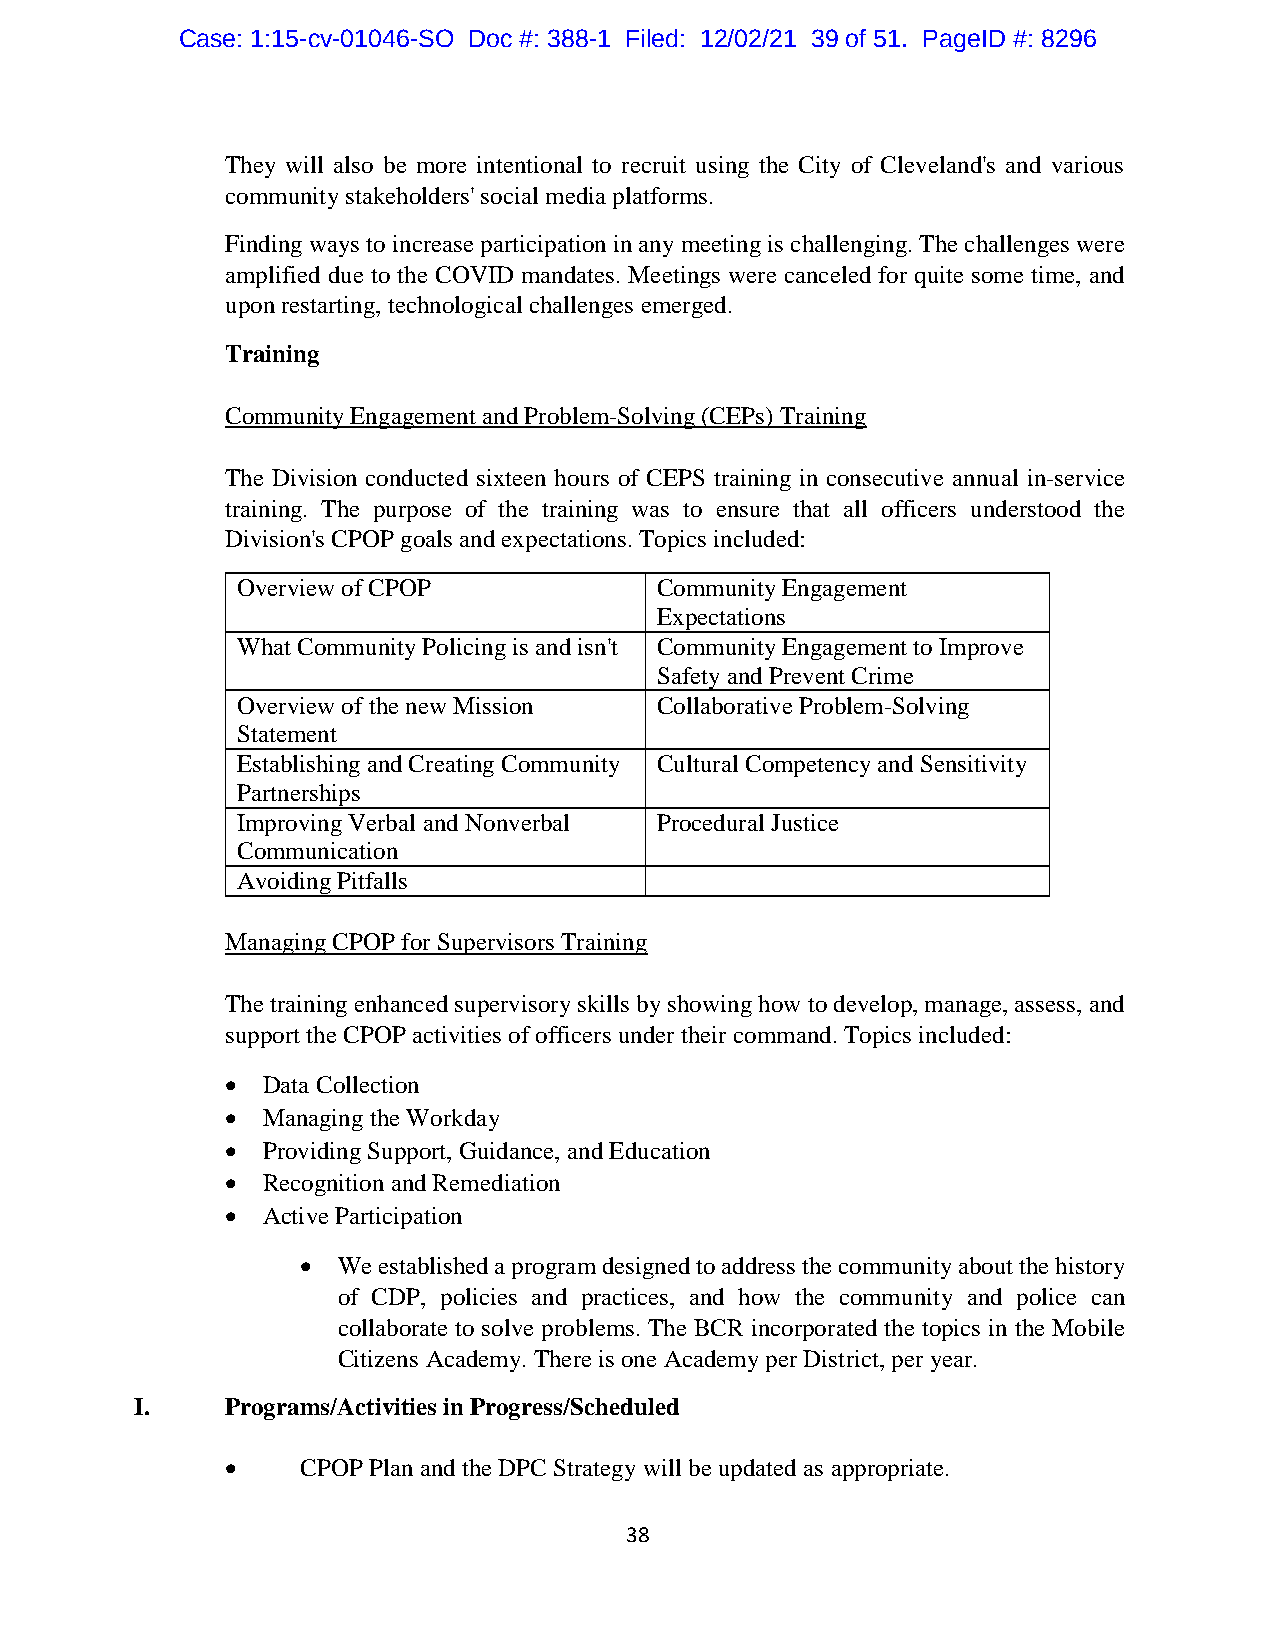
Case: 1:15-cv-01046-SO Doc #: 388-1 Filed: 12/02/21 39 of 51. PageID #: 8296
 They will also be more intentional to recruit using the City of Cleveland's and various
 community stakeholders' social media platforms.
 Finding ways to increase participation in any meeting is challenging. The challenges were
 amplified due to the COVID mandates. Meetings were canceled for quite some time, and
 upon restarting, technological challenges emerged.
 Training
 Community Engagement and Problem-Solving (CEPs) Training
 The Division conducted sixteen hours of CEPS training in consecutive annual in-service
 training. The purpose of the training was to ensure that all officers understood the
 Division's CPOP goals and expectations. Topics included:
 Overview of CPOP           Community Engagement
 Expectations
 What Community Policing is and isn't Community Engagement to Improve
 Safety and Prevent Crime
 Overview of the new Mission Collaborative Problem-Solving
 Statement
 Establishing and Creating Community Cultural Competency and Sensitivity
 Partnerships
 Improving Verbal and Nonverbal Procedural Justice
 Communication
 Avoiding Pitfalls
 Managing CPOP for Supervisors Training
 The training enhanced supervisory skills by showing how to develop, manage, assess, and
 support the CPOP activities of officers under their command. Topics included:
  Data Collection
  Managing the Workday
  Providing Support, Guidance, and Education
  Recognition and Remediation
  Active Participation
  We established a program designed to address the community about the history
 of CDP, policies and practices, and how the community and police can
 collaborate to solve problems. The BCR incorporated the topics in the Mobile
 Citizens Academy. There is one Academy per District, per year.
 I.    Programs/Activities in Progress/Scheduled
     CPOP Plan and the DPC Strategy will be updated as appropriate.
 38